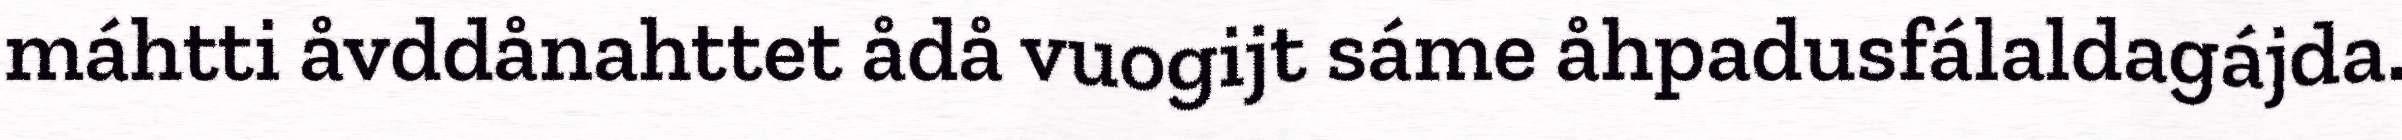
máhtti åvddånahttet ådå vuogijt sáme åhpadusfálaldagájda.